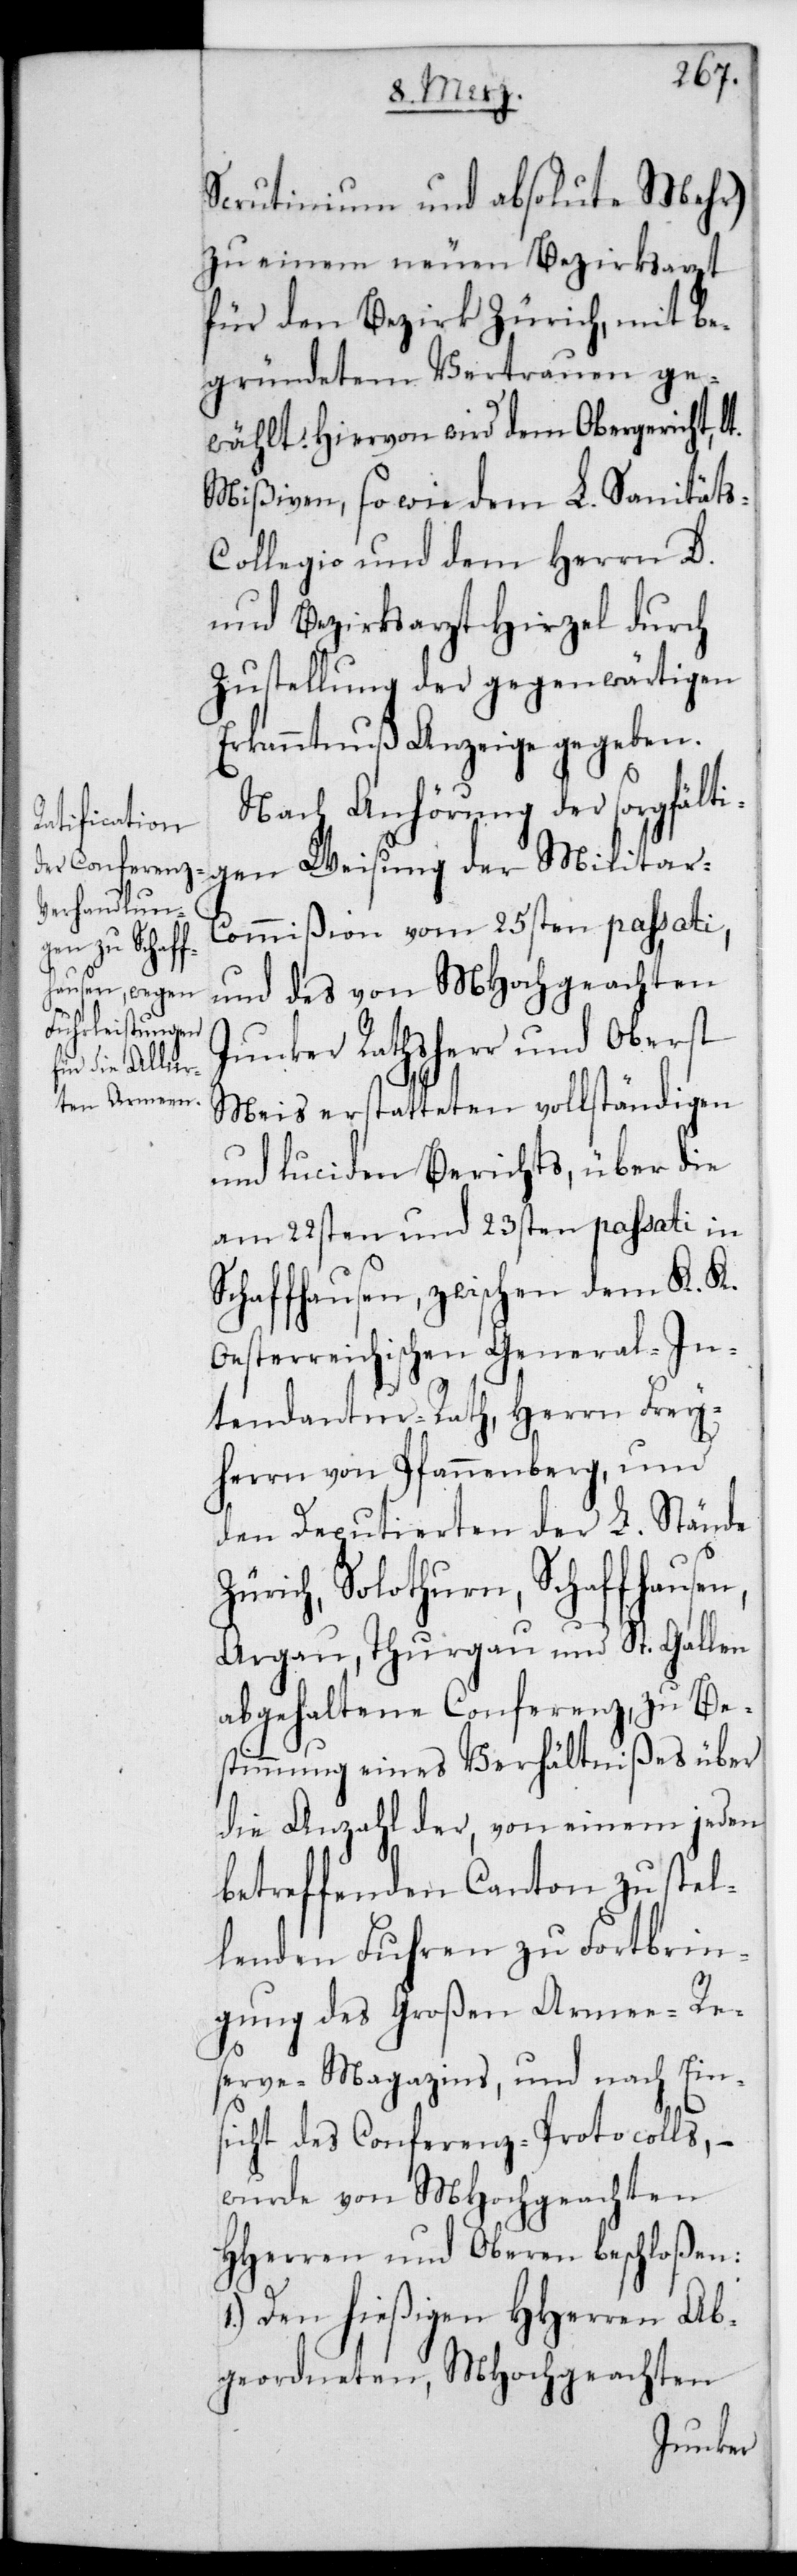
Scrutinium und absolute Mehr)
zu einen neuen Bezirksarzt
für den Bezirk Zürich, mit be¬
gründetem Vertrauen ge¬
wählt. Hiervon wird dem Obergericht,
Mißiven, sowie dem L. Sanitäts-C¬
ollegio und dem Herrn D.
und Bezirksarzt Hirzel durch
Zustellung der gegenwärtigen
Erkanntnuß Anzeige gegeben.
Nach Anhörung der sorgfälti¬
gen Weisung der Militar-C¬
ommißion vom 25sten passati,
und des von MHochgeachten
Junker Rathsherr und Oberst
Meis erstatteten vollständigen
und luciden Berichts, über die
am 22sten und 23sten passati in
Schaffhausen, zwischen dem K. K.
Oesterreichischen General In¬
tendantur-Rath Herrn Frei¬
herrn von Pfannenberg, und
den Deputierten der L. Stände
Zürich, Solothurn, Schaffhausen,
Argau, Thurgau und St. Gallen
abgehaltene Conferenz, zu Be¬
stimmung eines Verhältnißes über
die Anzahl der, von einem jeden
betreffenden Canton zu stel¬
lenden Fuhren zu Fortbrin¬
gung des großen Armee-Re¬
serve-Magazins, und nach Ein¬
sicht des Conferenz-Protocolls, –
wurde von MHochgeachten
HHerren und Oberen beschloßen:
1.) Den hießigen HHerren Ab¬
geordneten, MHochgeachten